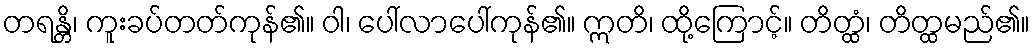
တရန္တိ၊ ကူးခပ်တတ်ကုန်၏။ ဝါ၊ ပေါ်လာပေါ်ကုန်၏။ ဣတိ၊ ထို့ကြောင့်။ တိတ္ထံ၊ တိတ္ထမည်၏။